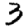
Digit: 3